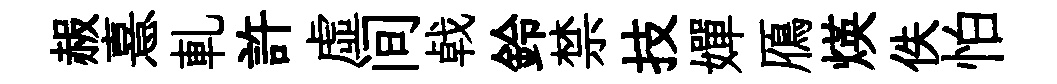
赧憙軋許虚间㦸鈴禁技嬋鴈煐佚怕